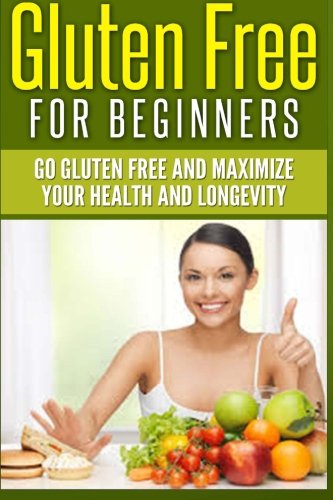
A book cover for Gluten Free For Beginners: Go Gluten Free and Maximize Your Health and Longevity; Jim Berry; Health, Fitness & Dieting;